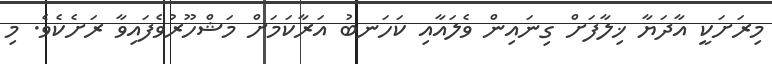
މިރަށަކީ އާދަޔާ ޚިލާފަށް ގިނައިން ވެލައާއި ކަހަނބު އަރާކަމަށް މަޝްހޫރުވެފައިވާ ރަށެކެވެ. މި